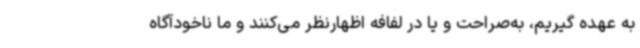
به‌ عهده گیریم، به‌صراحت و یا در لفافه اظهارنظر می‌کنند و ما ناخودآگاه